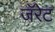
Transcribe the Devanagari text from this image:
जॅरेट